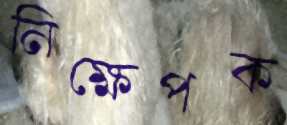
নিক্ষেপক